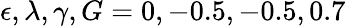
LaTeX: \epsilon,\lambda,\gamma,G=0,-0.5,-0.5,0.7